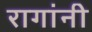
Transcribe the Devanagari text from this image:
रागांनी